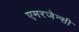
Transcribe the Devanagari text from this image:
एमरजेन्सी